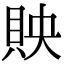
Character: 𧵌